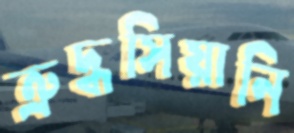
ত্রুদ্ধসিয়ানি